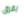
يفرق